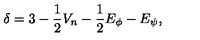
\delta = 3 - \frac { 1 } { 2 } V _ { n } - \frac { 1 } { 2 } E _ { \phi } - E _ { \psi } ,